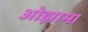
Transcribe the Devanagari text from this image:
ओझामा